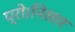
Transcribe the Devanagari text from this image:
प्रो।निसार